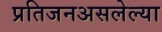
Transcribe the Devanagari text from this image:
प्रतिजनअसलेल्या